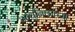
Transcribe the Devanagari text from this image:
आधुनिकांच्या